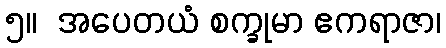
၅။  အပေတယံ စက္ခုမာ ဧကရာဇာ၊